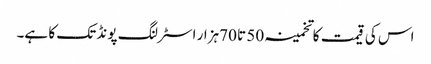
اس کی قیمت کا تخمینہ 50 تا 70ہزار اسٹرلنگ پونڈ تک کا ہے۔